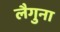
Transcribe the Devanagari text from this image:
लैगुना